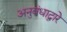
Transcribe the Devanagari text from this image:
अनुबंधाद्वारे